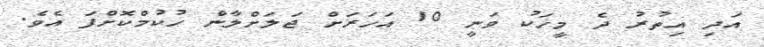
އަދި އިތުރު ދެ މީހަކު ވަނީ 10 އަހަރަށް ޖަލަށްލާން ހުކުމްކޮށްފަ އެވެ.